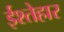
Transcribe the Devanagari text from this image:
ईश्तेहार